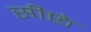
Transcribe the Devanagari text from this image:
सीछे